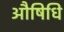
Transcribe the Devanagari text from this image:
औषिधि